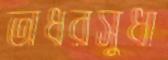
অধরসুধা